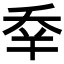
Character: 𠂷